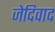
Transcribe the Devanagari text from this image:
जेदिवाद